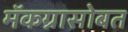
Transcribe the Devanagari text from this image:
मॅकग्रासोबत